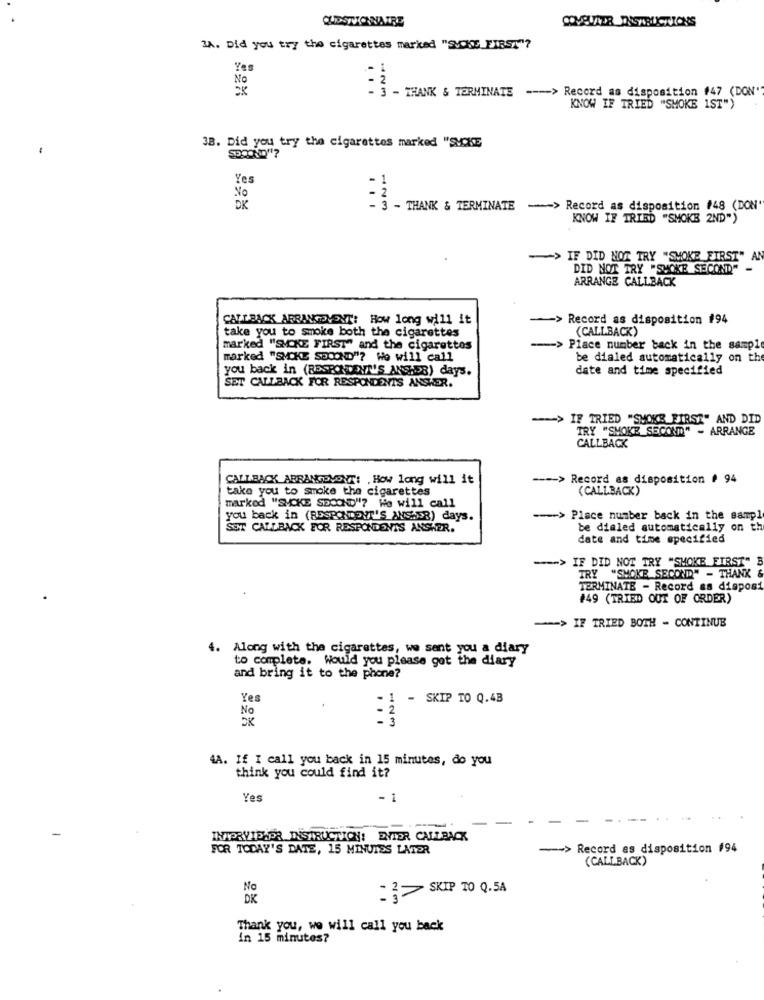
QUESTIONNAIRE
COVELVIER INSTRUCTIONS
3A. Did you try the cigarettes marked "SUCKS FIRST"?
Yes
No
3 - THANK & TERMINATE --- > Record as disposition #47 (DON"
...
KNOW IF TRIED "SMOKE 1ST")
38. Did you try the cigarettes marked "SMCKE
Yes
No
.
DK
- 3 - THANK & TERMINATE
-> Record as disposition #48 (DON
KNOW IF TRIED "SMOKE 2ND")
-> IF DID NOT TRY "SMOKE FIRST"
A
DID NOT TRY "SMOKE SECOND"
ARRANGE CALLBACK
CALLBACK ARRANCOVENT: How long will it
>Record as disposition #94
take you to smoke both the cigarettes
(CALLBACK)
marked "SMOKE FIRST" and the cigarettes
-> Place number back in the sampl
marked "SMOKE SECOND"? We will call
be dialed automatically on th
you back in (RESPONSEVI'S ANSHDR) days.
date and time specified
SET CALLBACK FOR RESPONDENTS ANSWER.
=> IF TRIED "SMOKE FIRST" AND DID
TRY "SMOKE SECOND" - ARRANGE
CALLBACK
CALLBACK ABRANGEVONT: , How long will it
---- > Record as disposition # 94
take you to smoke the cigarettes
(CALLBACK)
marked "SMOKE SECOND"? We will call
you back in (RESPONDENT'S ANS.DR) days.
--- > Place number back in the sampl
SE CALLBACK FOR RESPONDENTS ANSWER.
be dialed automatically on th
date and time specified
--- > IF DID NOT TRY "SMOKE FIRST"
TRY "SMOKE SECOND" - THANK
TERMINATE - Record as disposi
#49 (TRIED OUT OF ORDER)
-> IF TRIED BOTH - CONTINUE
4. Along with the cigarettes, we sent you a diary
to complete. Would you please got the diary
and bring it to the phone?
Yes
- 1
1 - SKIP TO Q.43
No
- 2
4A. If I call you back in 15 minutes, do you
think you could find it?
Yes
. 1
INTERVIDADR_INSTRUCTION! ENTER CALLBACK
FOR TODAY'S DATE, 15 MINUTES LATER
-- > Record as disposition #94
(CALLBACK)
No
SKIP TO Q.5A
DK
Thank you, we will call you back
in 15 minutes?